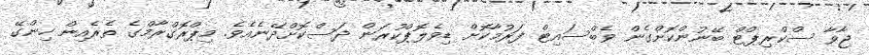
ޖާވާ ސްކްރިޕްޓް ބޭނުންކޮށްގެން ވެބްސައިޓް ފަރުމާކޮށް ޑިވެލޮޕްކުރަން ދަސްކޮށްދޭނެއެވެ. މިޕްރޮގްރާމްގެ ތެރެއިން ހިންގޭ